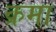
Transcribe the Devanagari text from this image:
क्रमा